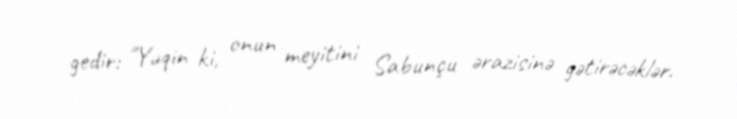
gedir: "Yəqin ki, onun meyitini Sabunçu ərazisinə gətirəcəklər.